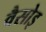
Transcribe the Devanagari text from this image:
वैसोइ